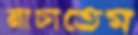
নাচাতেম